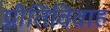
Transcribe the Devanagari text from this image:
प्रीतिविवाह